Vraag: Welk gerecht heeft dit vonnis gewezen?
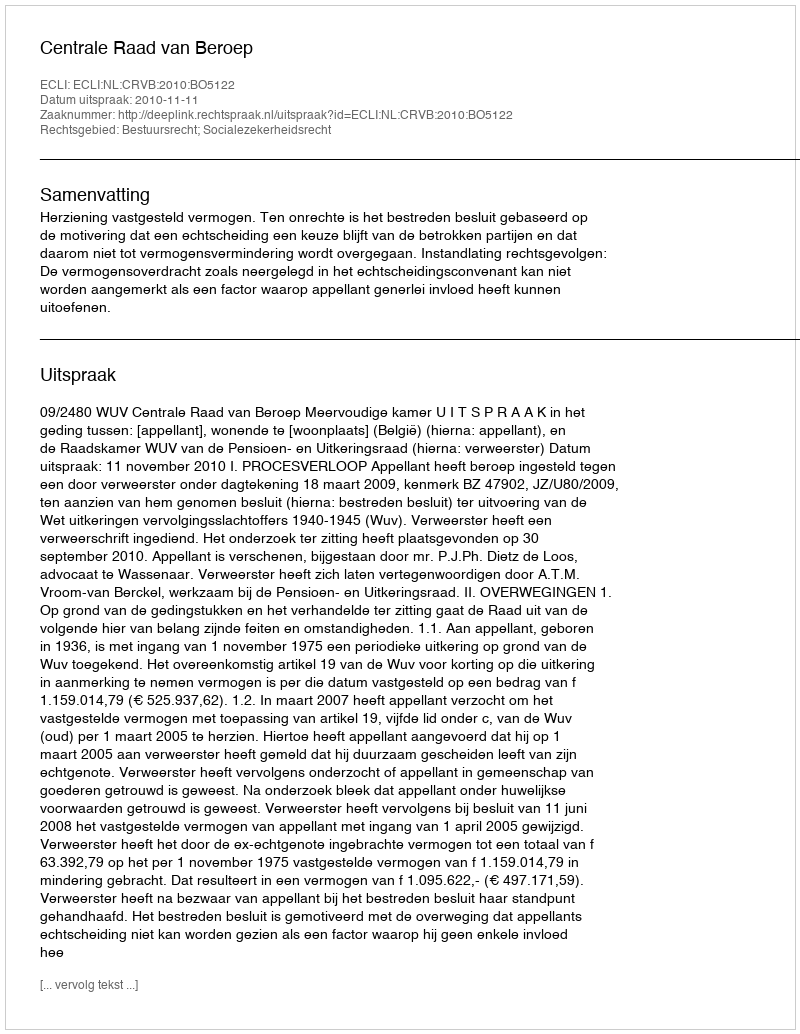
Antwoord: Centrale Raad van Beroep